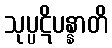
သုပ္ပဋိပန္နာတိ